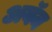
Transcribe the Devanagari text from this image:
अवॅन